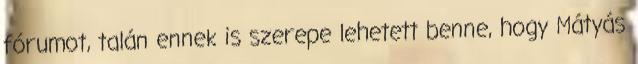
fórumot, talán ennek is szerepe lehetett benne, hogy Mátyás